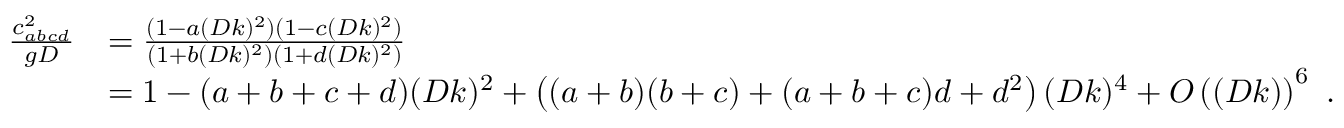
\begin{array} { r l } { \frac { c _ { a b c d } ^ { 2 } } { g D } } & { = \frac { ( 1 - a ( D k ) ^ { 2 } ) ( 1 - c ( D k ) ^ { 2 } ) } { ( 1 + b ( D k ) ^ { 2 } ) ( 1 + d ( D k ) ^ { 2 } ) } } \\ & { = 1 - ( a + b + c + d ) ( D k ) ^ { 2 } + \left( ( a + b ) ( b + c ) + ( a + b + c ) d + d ^ { 2 } \right) ( D k ) ^ { 4 } + O \left( ( D k ) \right) ^ { 6 } \ . } \end{array}